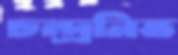
চন্দ্রনিভ